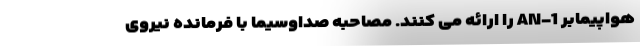
هواپیمابر AN-1 را ارائه می کنند. مصاحبه صداوسیما با فرمانده نیروی